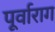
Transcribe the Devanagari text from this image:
पूर्वाराग